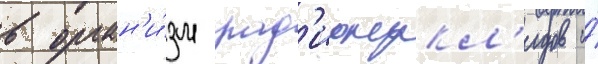
в орган'и́зм рад'ионукл'идов и́